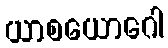
ယာစယောဂေါ